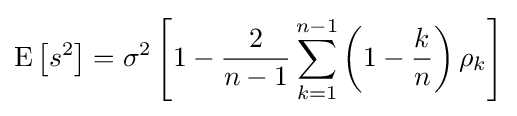
{\rm {E}}\left[s^{2}\right]=\sigma ^{2}\left[1-{\frac {2}{n-1}}\sum _{k=1}^{n-1}\left(1-{\frac {k}{n}}\right)\rho _{k}\right]